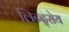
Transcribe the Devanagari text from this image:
लिन्द्सेय